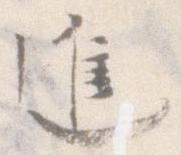
進